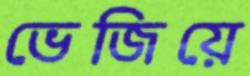
ভেজিয়ে